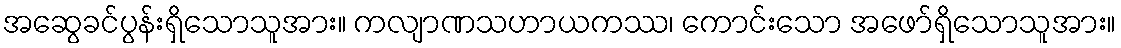
အဆွေခင်ပွန်းရှိသောသူအား။ ကလျာဏသဟာယကဿ၊ ကောင်းသော အဖော်ရှိသောသူအား။